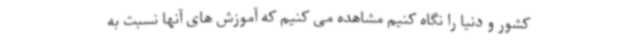
کشور و دنیا را نگاه کنیم مشاهده می کنیم که آموزش های آنها نسبت به